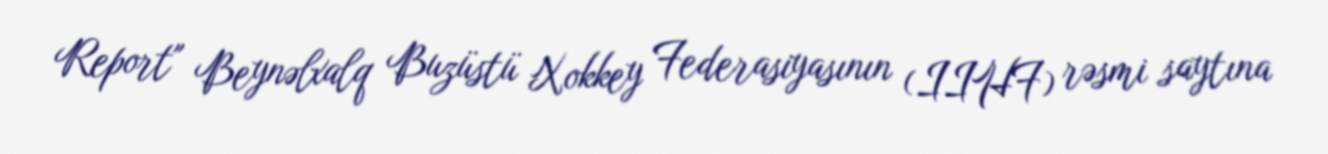
Report" Beynəlxalq Buzüstü Xokkey Federasiyasının (IIHF) rəsmi saytına